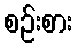
စဉ်းစား